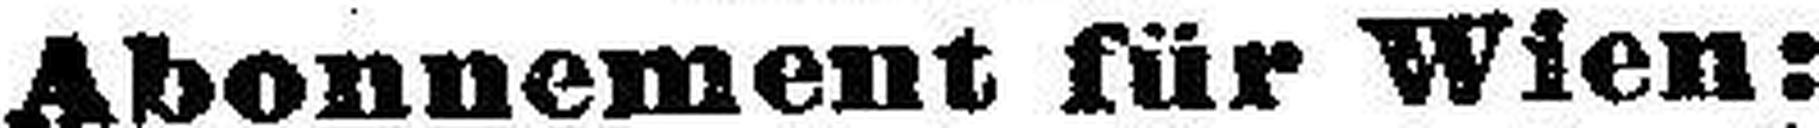
Abonnement für Wien: